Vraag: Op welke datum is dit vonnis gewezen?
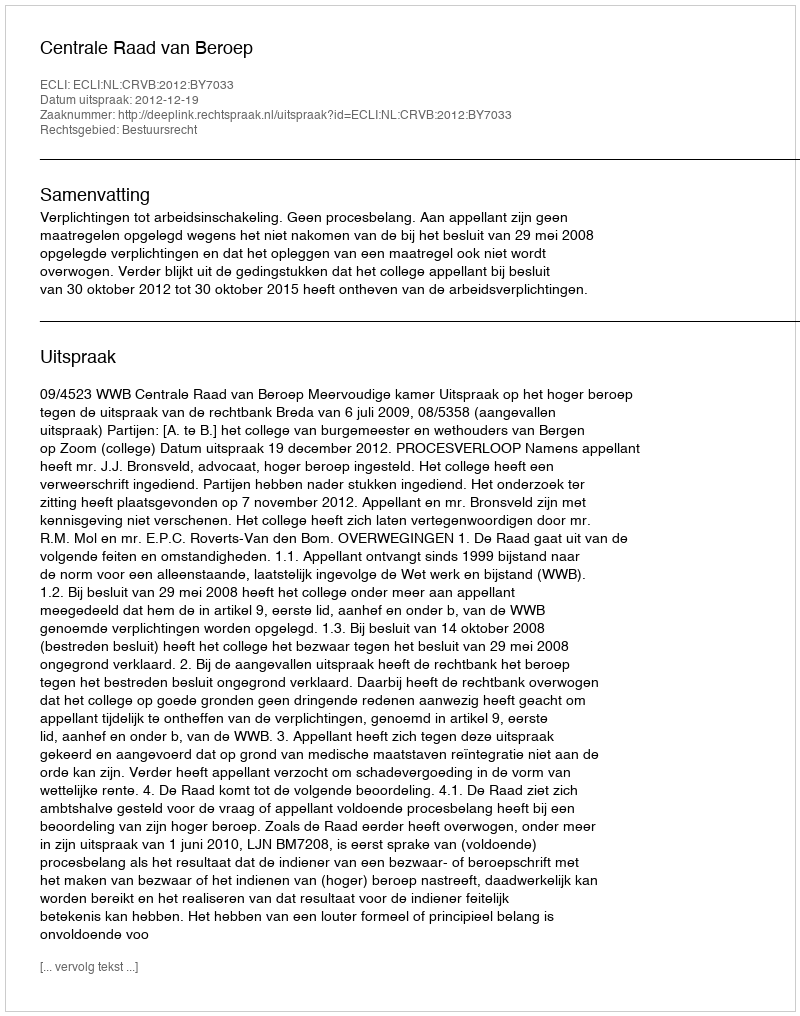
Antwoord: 2012-12-19